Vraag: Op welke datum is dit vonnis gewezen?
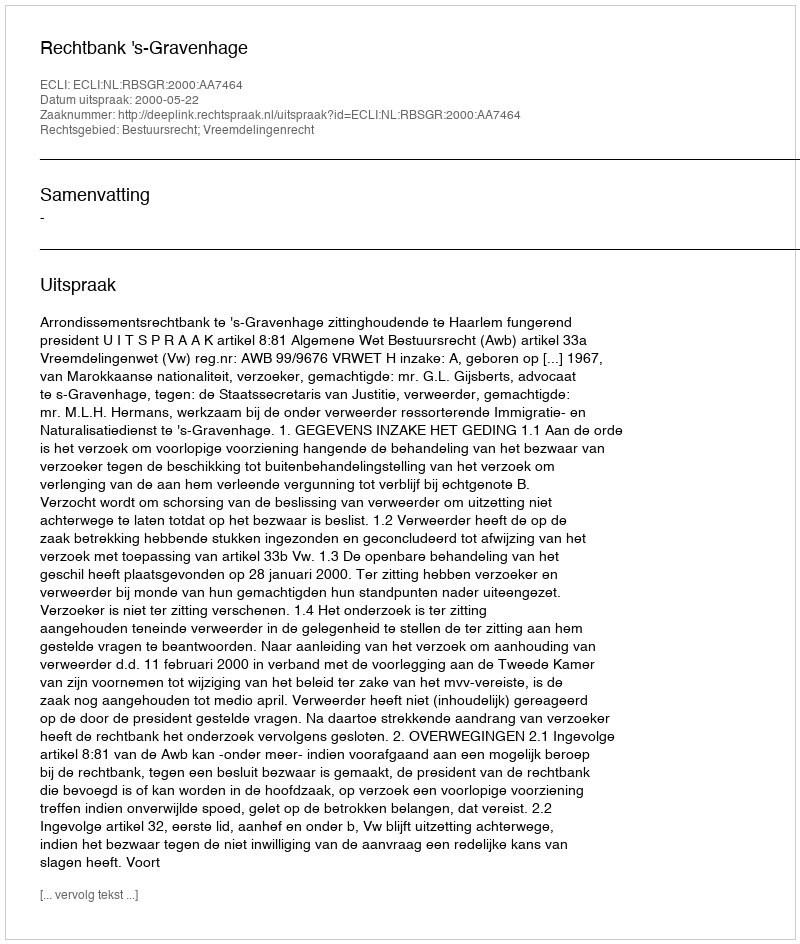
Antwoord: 2000-05-22